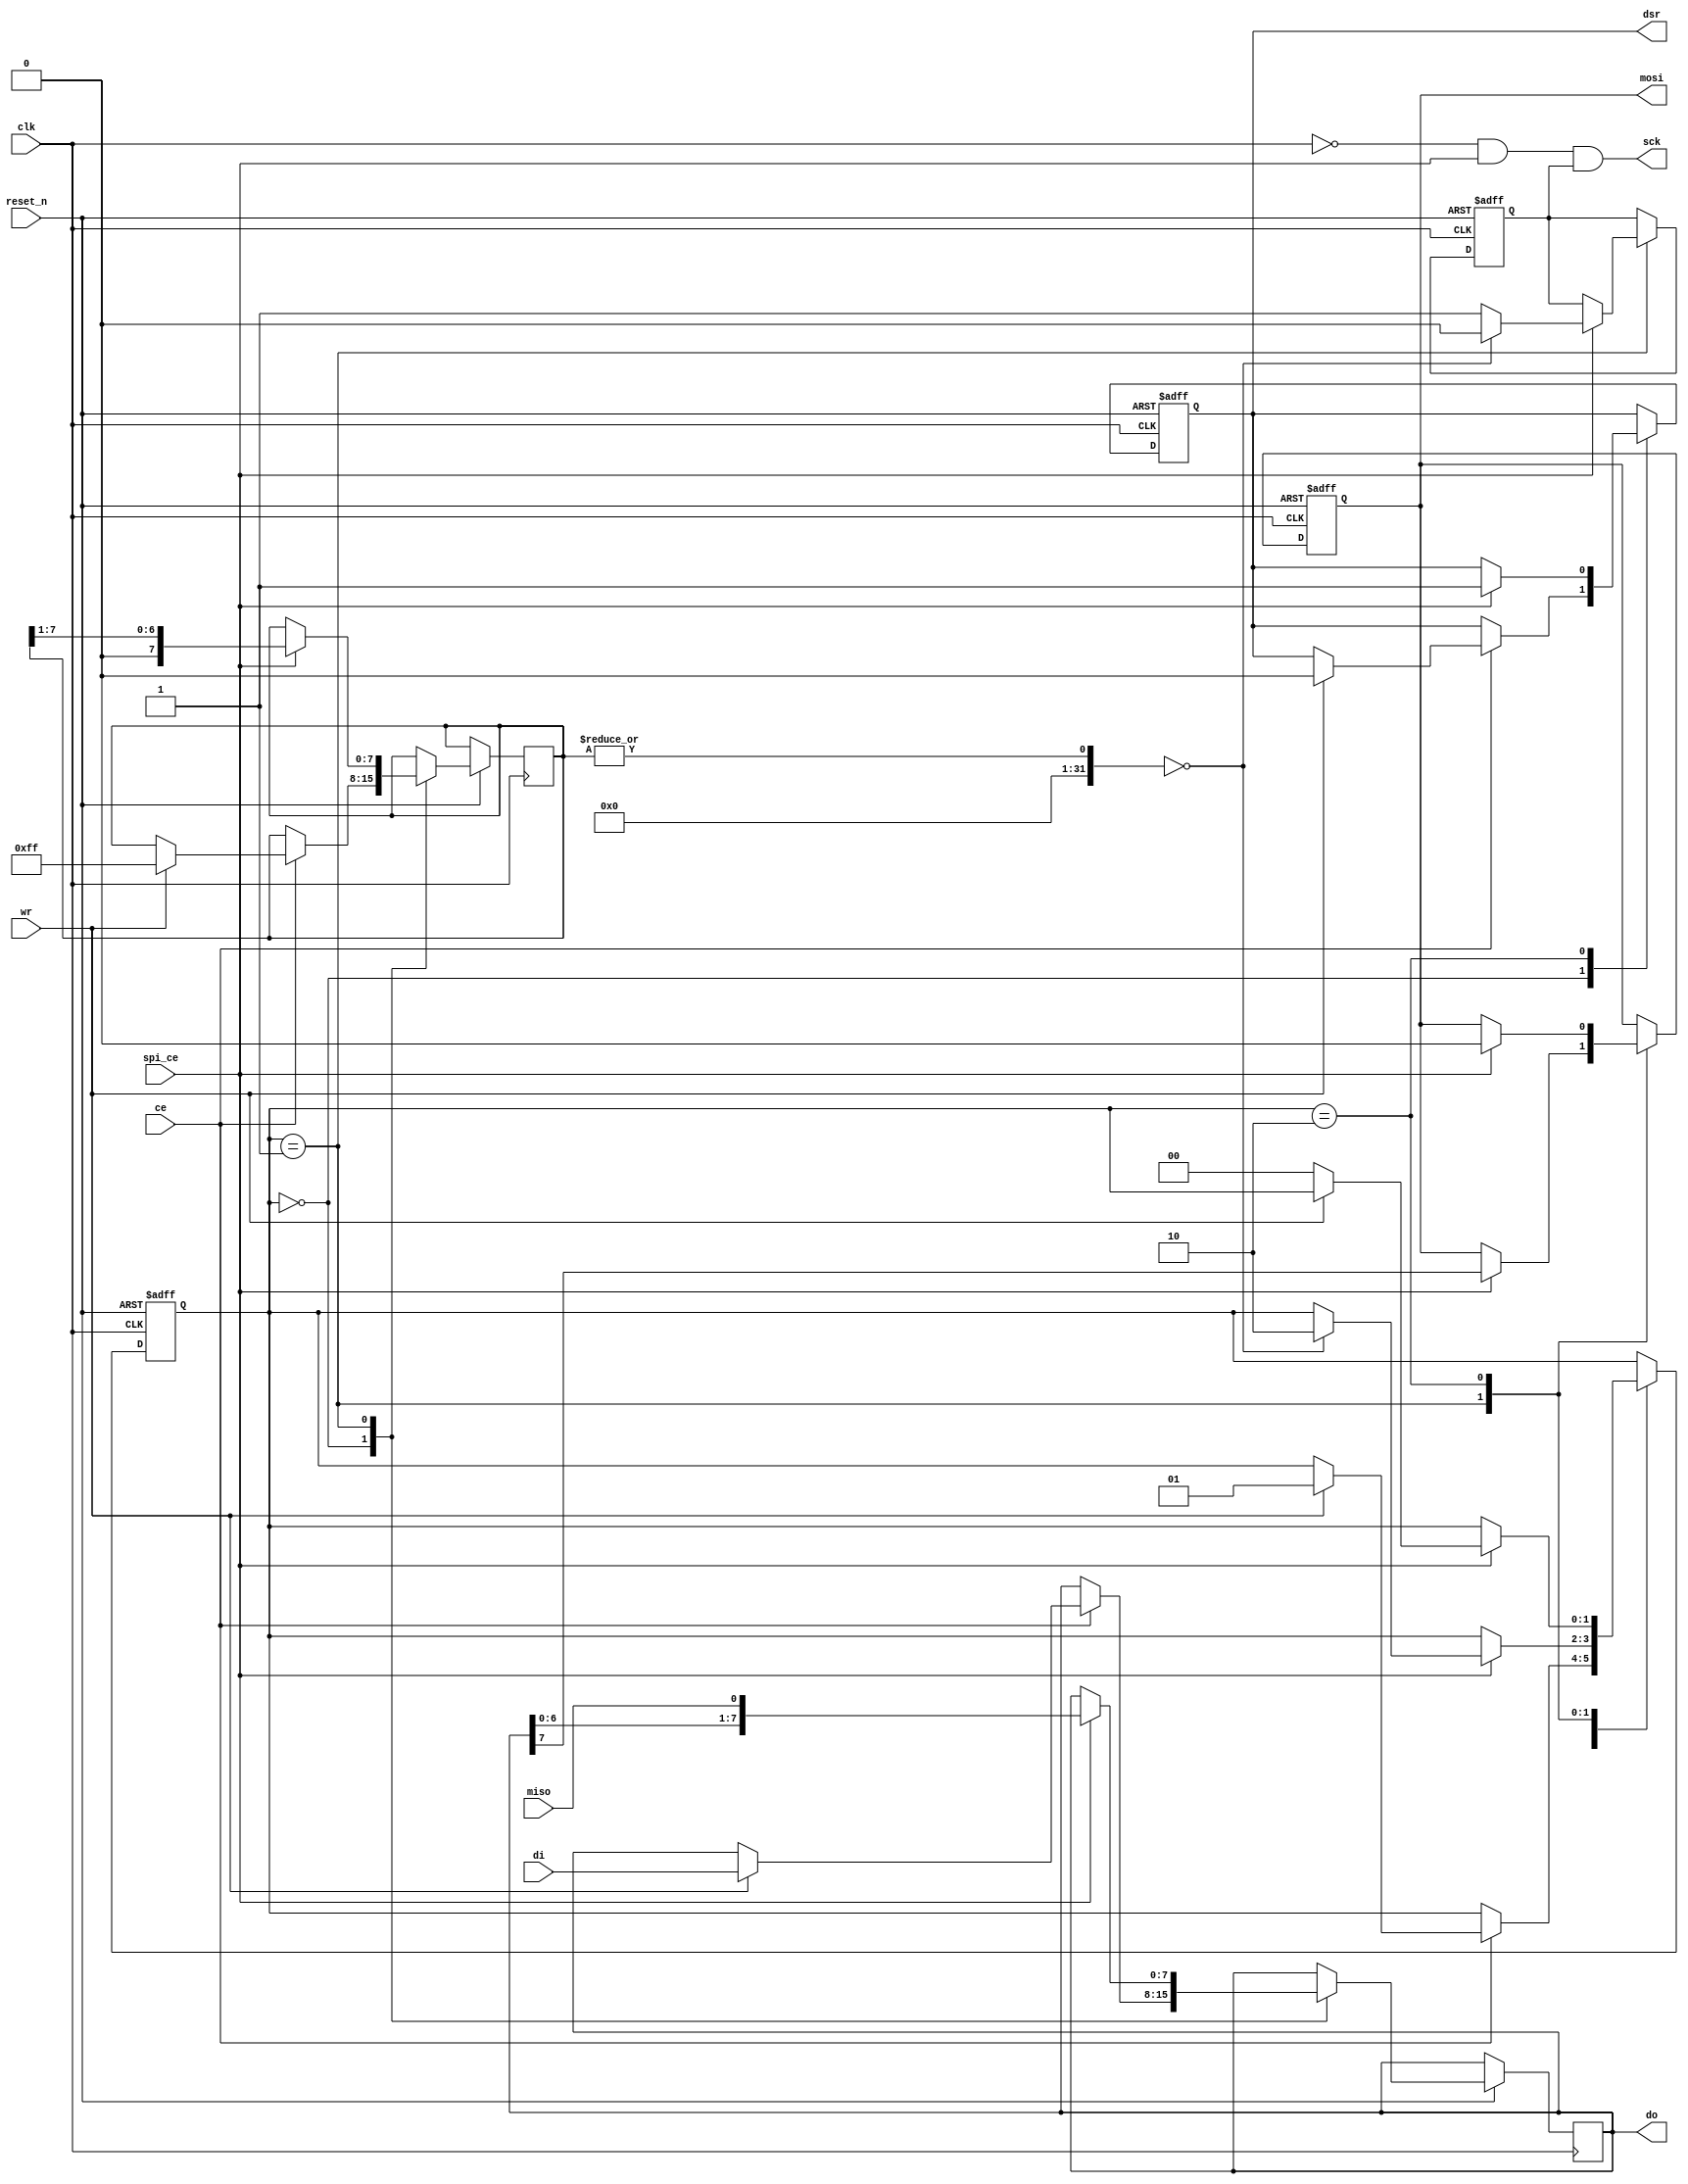
module spi(clk, ce, spi_ce, reset_n, mosi, miso, sck, di, wr, do, dsr);
input		clk;
input 		ce;
input       spi_ce;
input		reset_n;
output	reg	mosi;
input		miso;
output		sck = ~clk & spi_ce & scken;

input [7:0]	di;
input		wr;

output[7:0]	do = shiftreg;
output reg	dsr;

reg [7:0]	shiftreg;
reg [7:0]	shiftski;

reg [1:0]	state = 0;
reg 		scken = 0;

reg         wrsamp;

always @(posedge clk or negedge reset_n) begin
	if (!reset_n) begin
		state <= 0;
		mosi <= 1'b0;
		dsr  <= 0;
		scken <= 0;
	end else begin
			case (state)
			0:	begin
                    if (ce) begin
                        if (wr) begin
                            dsr <= 1'b0;
                            state <= 1;
                            shiftreg <= di;
                            shiftski <= 8'b11111111;
                        end
                    end
				end
			1: 	begin
                    if (spi_ce) begin
                        scken <= 1;
                        mosi <= shiftreg[7];
                        shiftreg <= {shiftreg[6:0],miso};
                        shiftski <= {1'b0,shiftski[7:1]};
                        
                        if (|shiftski == 0) begin 
                            state <= 2;
                            scken <= 0;
                        end
                    end
				end
			2:	begin
                    if (spi_ce) begin
                        mosi <= 1'b0; // shouldn't be necessary but a nice debug view
                        dsr <= 1'b1;
                        if (!wr) state <= 0;
                    end
					//scken <= 0;
				end
			default: ;
			endcase
	end
end


endmodule